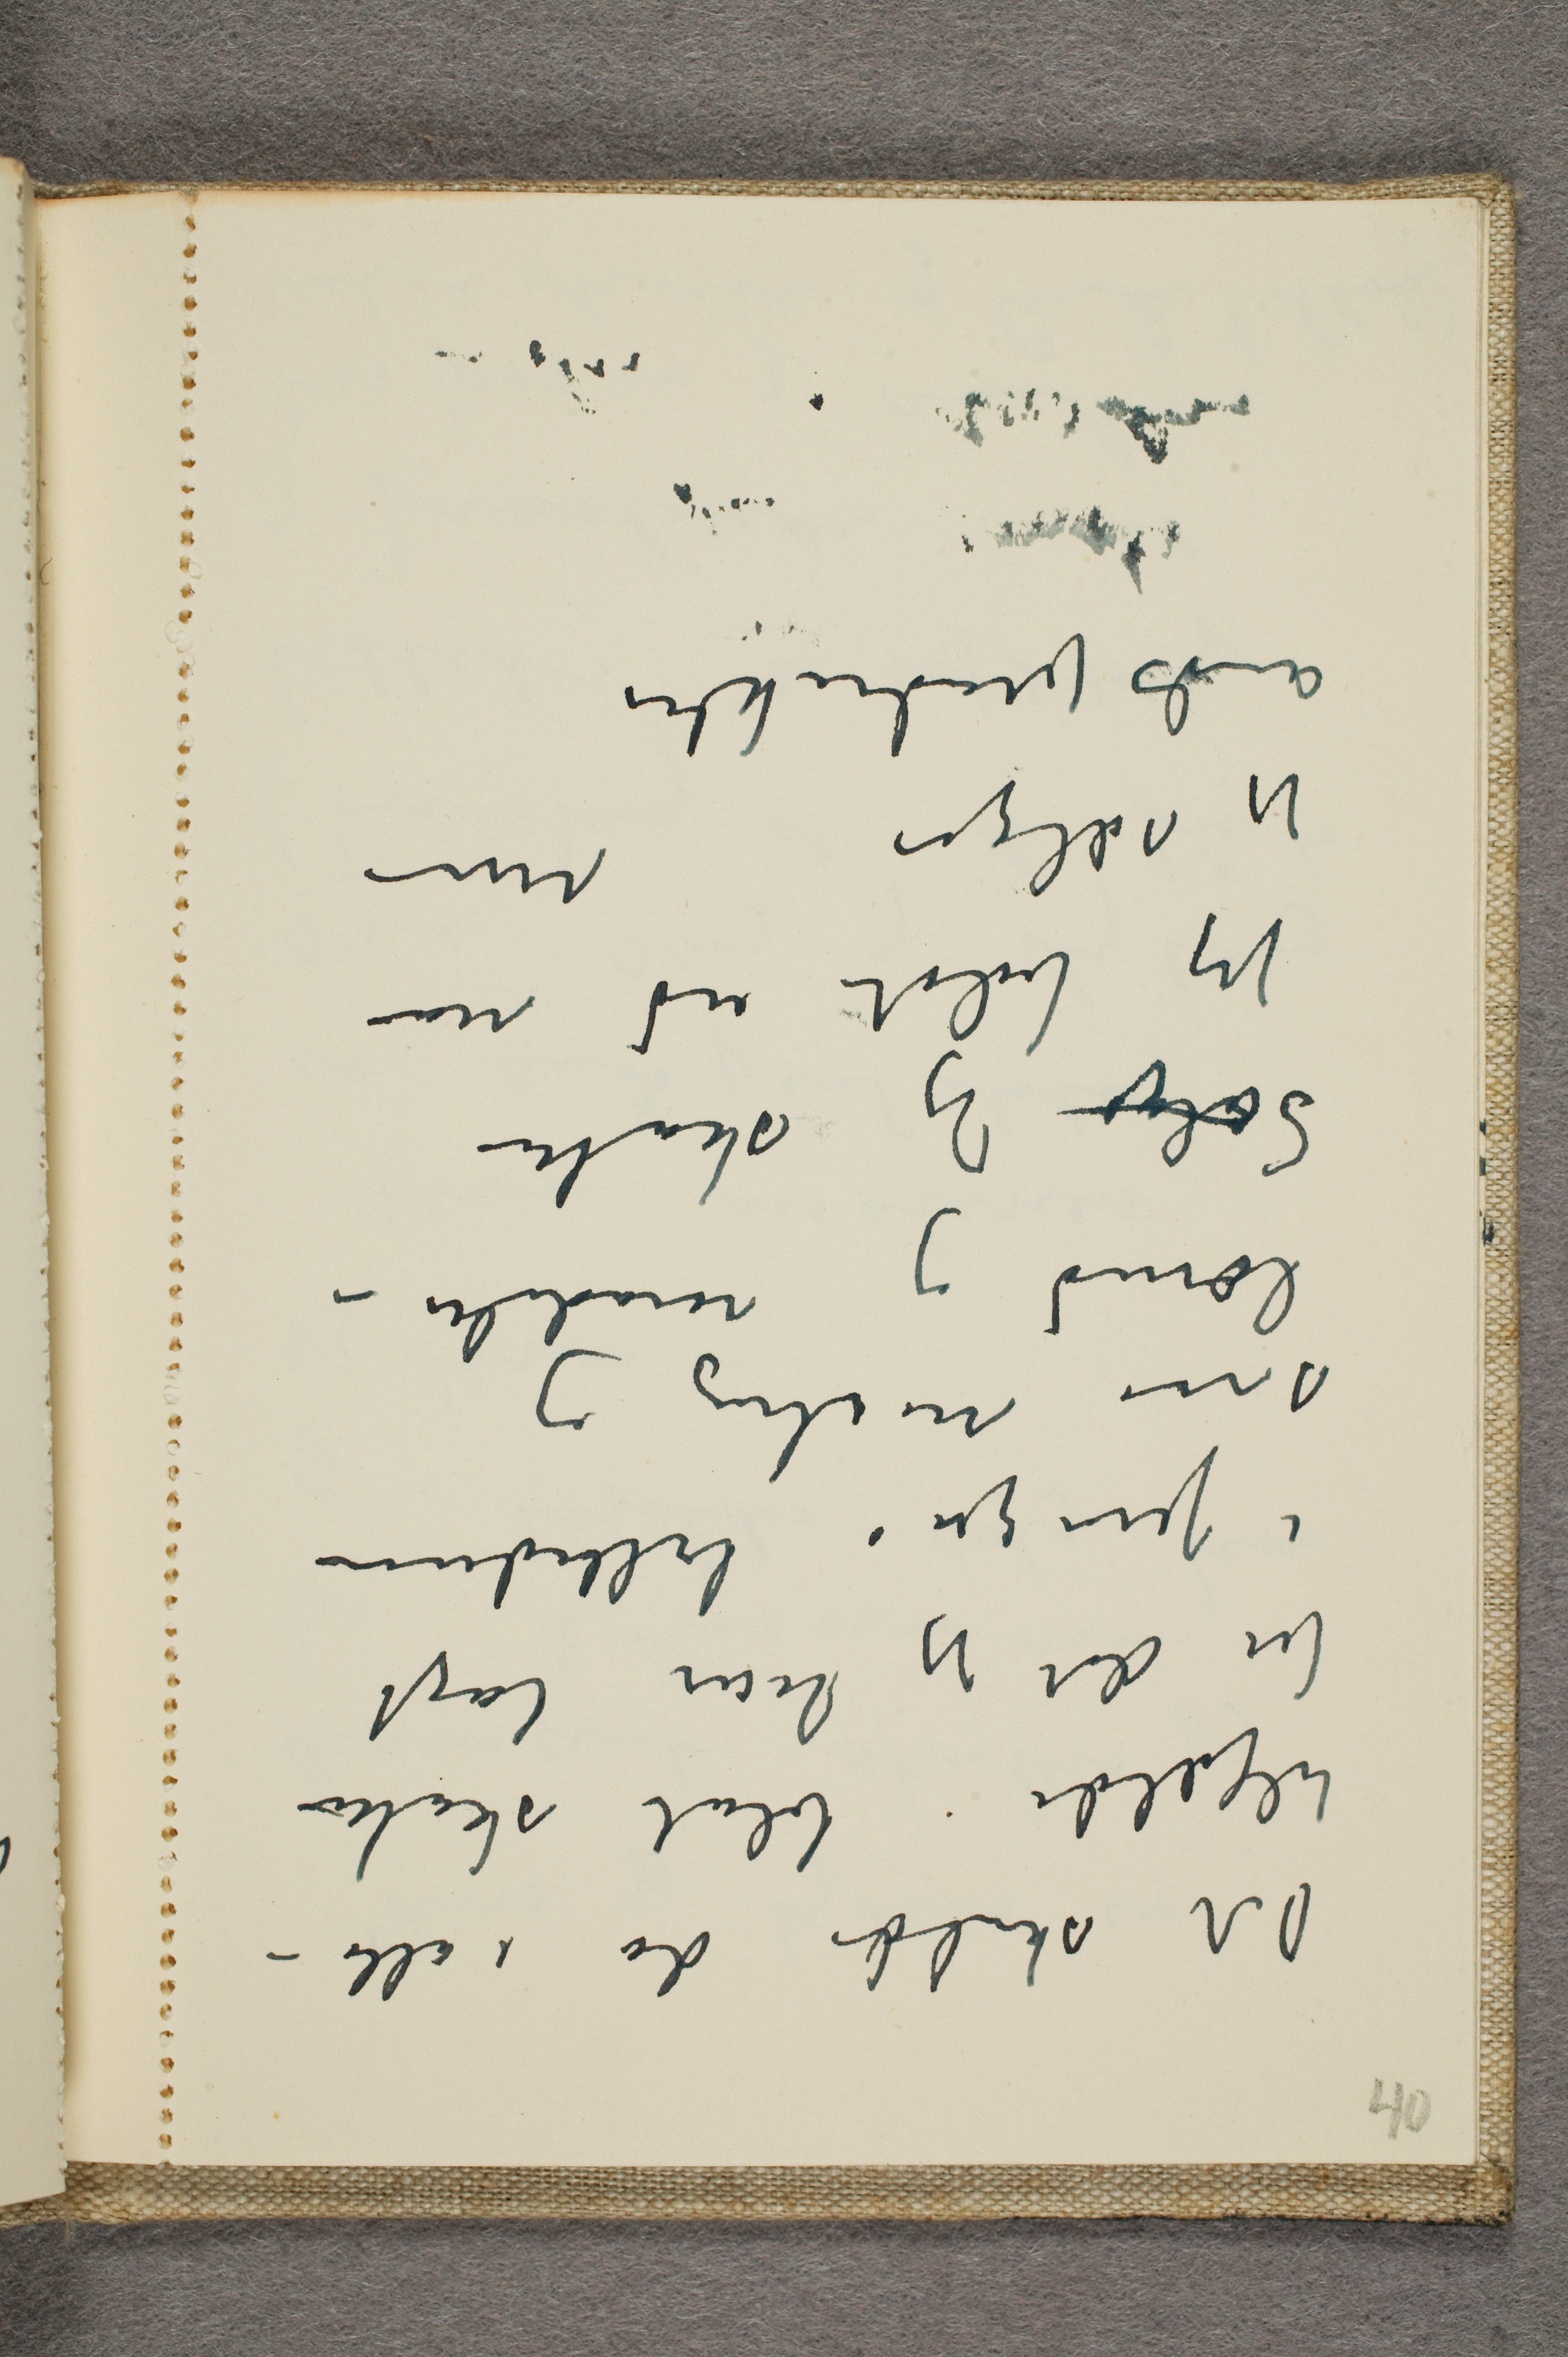
Det skulde da i alle -
tilfælde blot skattes
for det jeg har lagt
i penger i billederne
som maling og
lærred og modeler -
Sælge Jeg skatter
jeg fuldt ud når
jeg sælger mine
åndsprodukter